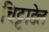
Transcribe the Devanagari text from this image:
चिट्टाडेल